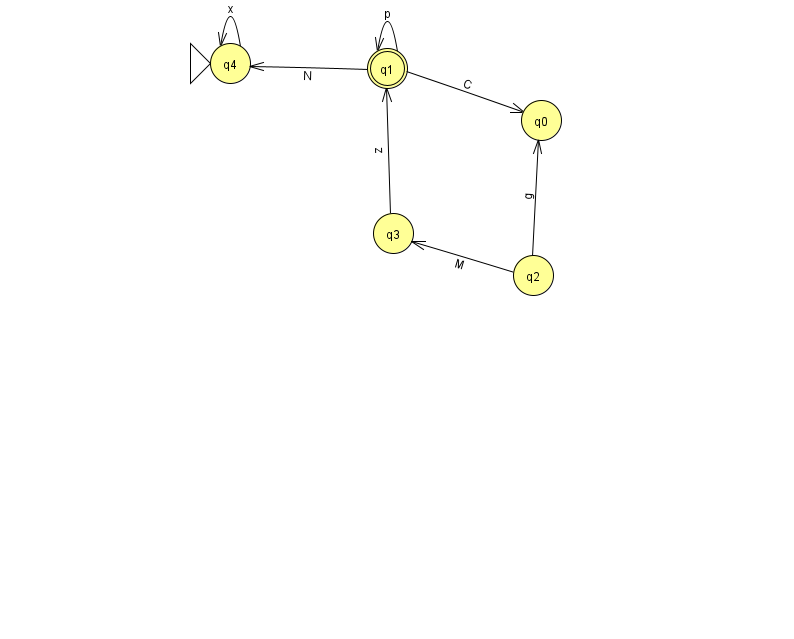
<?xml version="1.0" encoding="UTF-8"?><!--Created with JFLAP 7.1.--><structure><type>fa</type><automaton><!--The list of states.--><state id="0" name="q0"><x>541.0</x><y>107.0</y></state><state id="1" name="q1"><x>387.0</x><y>55.0</y><final/></state><state id="2" name="q2"><x>533.0</x><y>262.0</y></state><state id="3" name="q3"><x>393.0</x><y>220.0</y></state><state id="4" name="q4"><x>230.0</x><y>50.0</y><initial/></state><!--The list of transitions.--><transition><from>1</from><to>1</to><read>p</read></transition><transition><from>2</from><to>3</to><read>M</read></transition><transition><from>3</from><to>1</to><read>z</read></transition><transition><from>1</from><to>4</to><read>N</read></transition><transition><from>4</from><to>4</to><read>x</read></transition><transition><from>2</from><to>0</to><read>g</read></transition><transition><from>1</from><to>0</to><read>C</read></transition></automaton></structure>